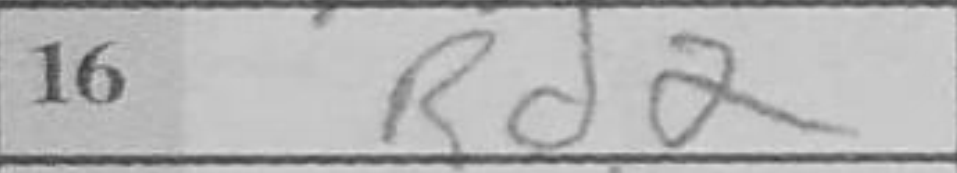
Transcription: Rd2